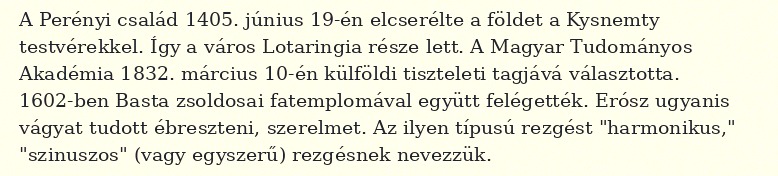
A Perényi család 1405. június 19-én elcserélte a földet a Kysnemty testvérekkel. Így a város Lotaringia része lett. A Magyar Tudományos Akadémia 1832. március 10-én külföldi tiszteleti tagjává választotta. 1602-ben Basta zsoldosai fatemplomával együtt felégették. Erósz ugyanis vágyat tudott ébreszteni, szerelmet. Az ilyen típusú rezgést "harmonikus," "szinuszos" (vagy egyszerű) rezgésnek nevezzük.